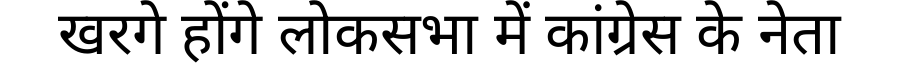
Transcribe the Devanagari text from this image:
खरगे होंगे लोकसभा में कांग्रेस के नेता